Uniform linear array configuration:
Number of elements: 64
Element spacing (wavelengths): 0.5
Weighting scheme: binomial
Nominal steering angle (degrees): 60
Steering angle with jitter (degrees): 58.754
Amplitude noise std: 0.05
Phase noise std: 0.05

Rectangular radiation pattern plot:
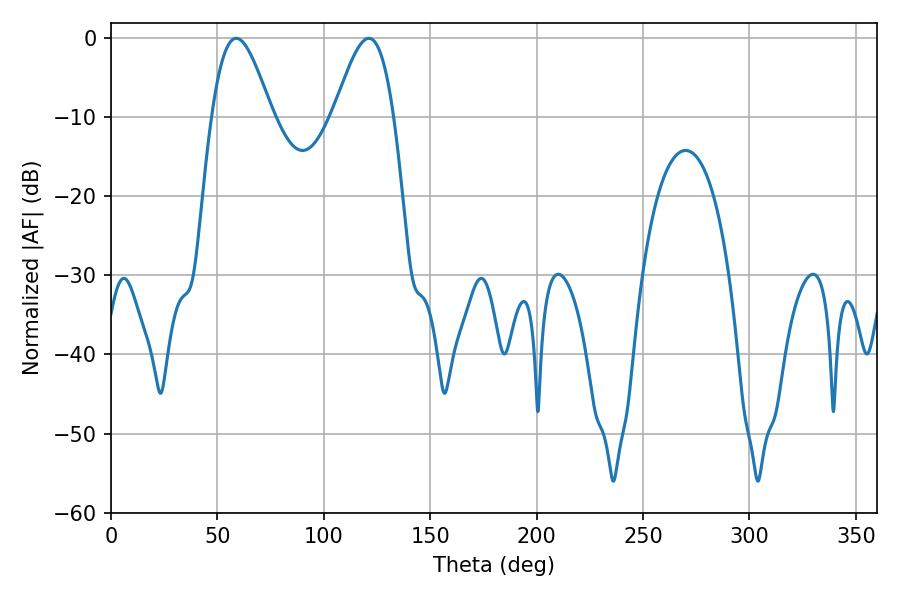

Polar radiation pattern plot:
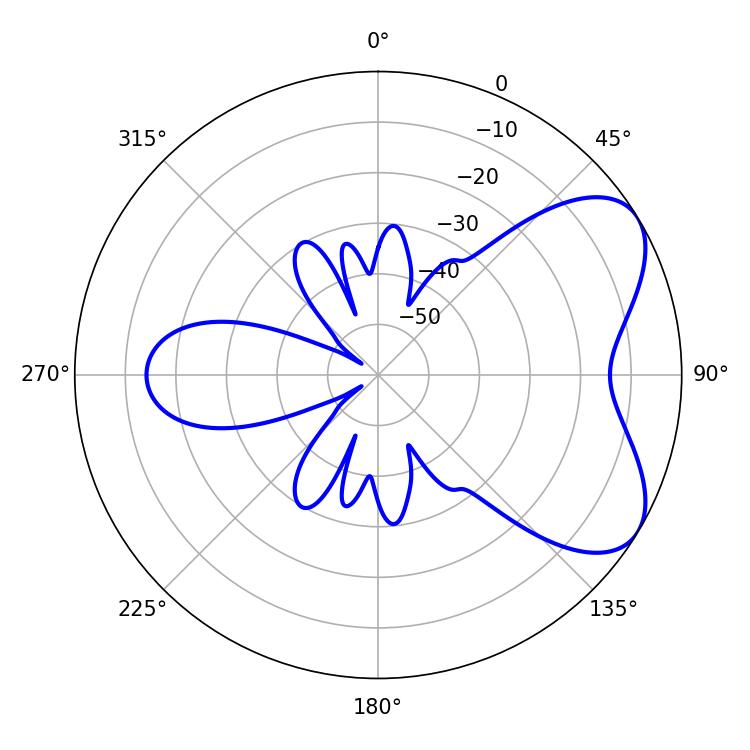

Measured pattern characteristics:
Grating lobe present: FALSE
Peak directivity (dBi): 5.979
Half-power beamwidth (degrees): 14.94
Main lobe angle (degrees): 121.14